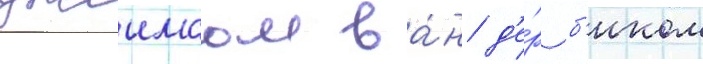
джеимсом ва́н д'е́р б'иком